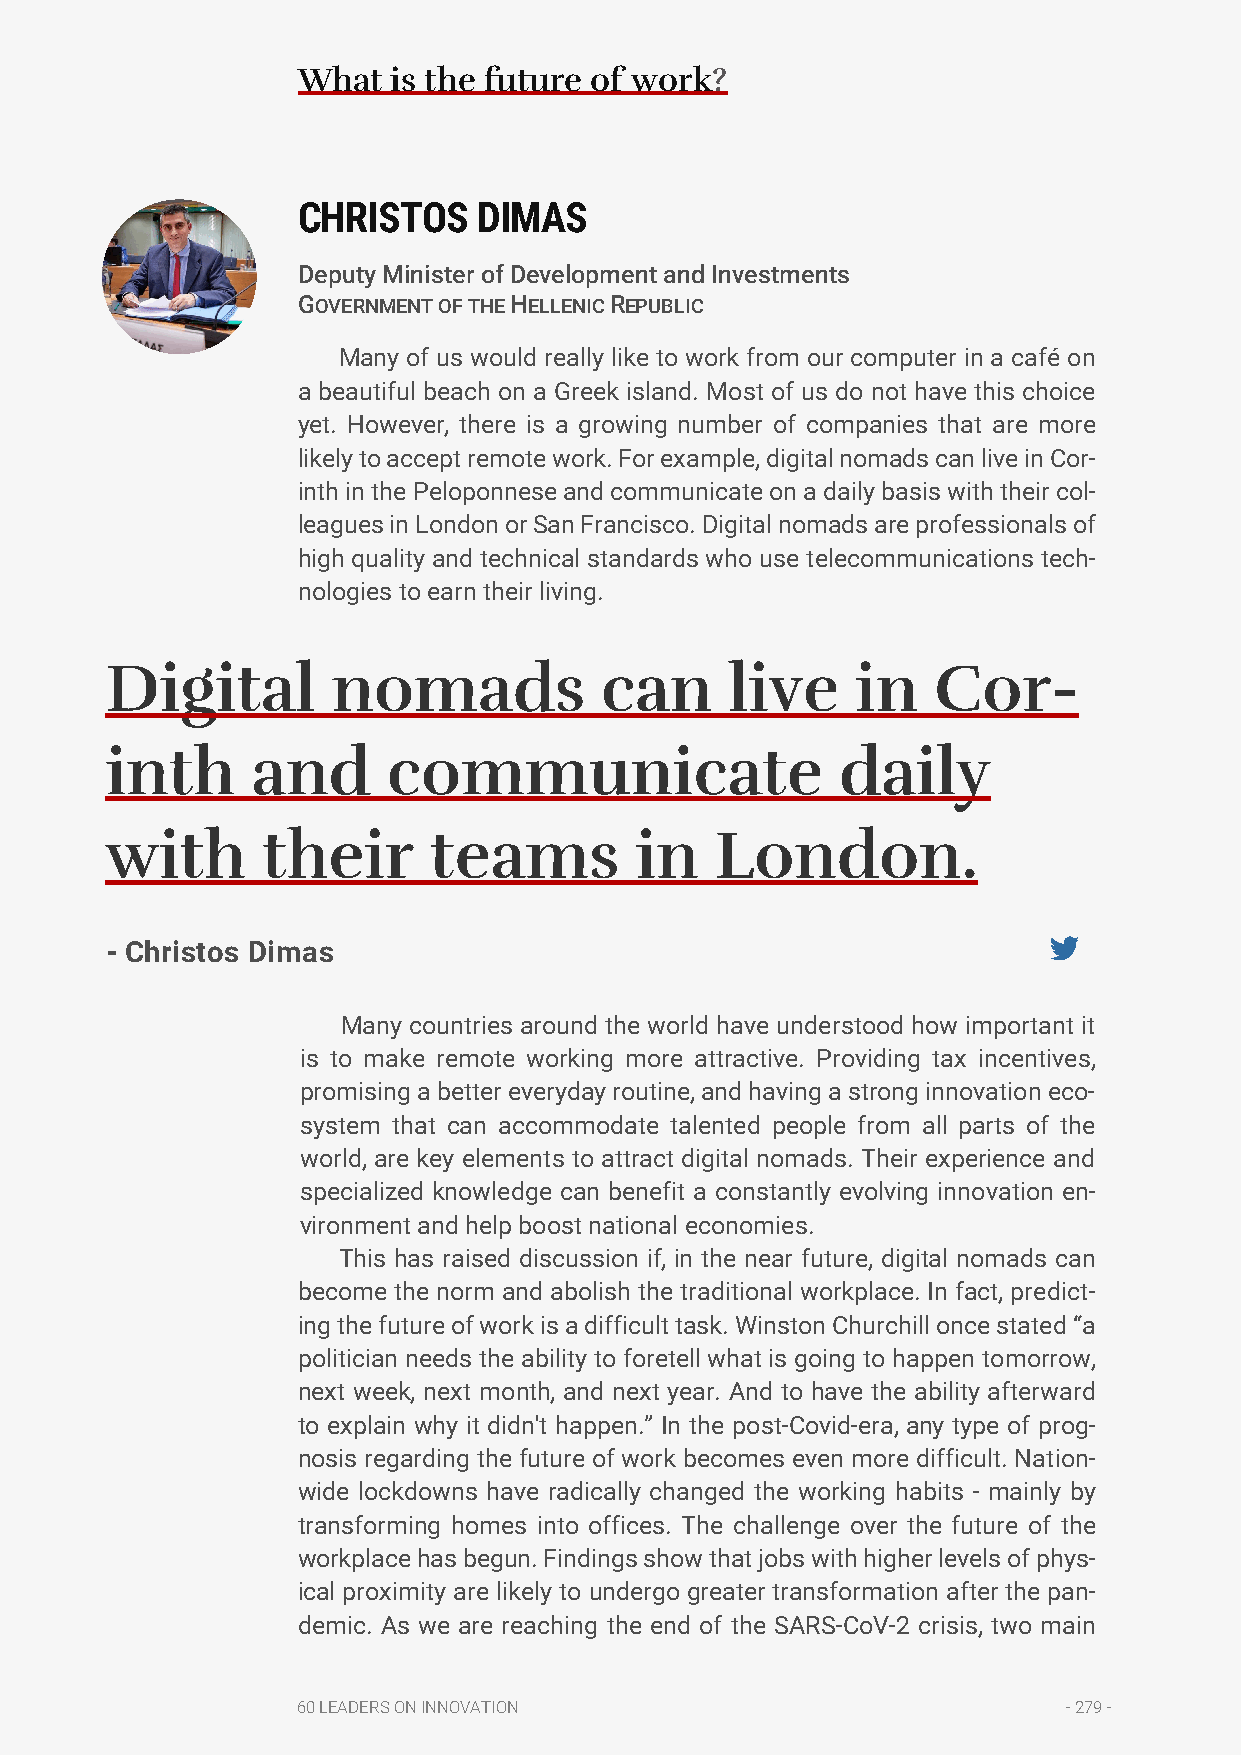
What  is the future of work?
 CHRISTOS    DIMAS
 Deputy Minister of Development and Investments
 GOVERNMENT OF THE HELLENIC REPUBLIC
 Many of us would really like to work from our computer in a café on
 a beautiful beach on a Greek island. Most of us do not have this choice
 yet. However, there is a growing number of companies that are more
 likely to accept remote work. For example, digital nomads can live in Cor-
 inth in the Peloponnese and communicate on a daily basis with their col-
 leagues in London or San Francisco. Digital nomads are professionals of
 high quality and technical standards who use telecommunications tech-
 nologies to earn their living.
 Digital        nomads            can     live     in   Cor-
 inth      and      communicate                   daily
 with      their      teams         in   London.
 - Christos Dimas
 Many countries around the world have understood how important it
 is to make remote working more attractive. Providing tax incentives,
 promising a better everyday routine, and having a strong innovation eco-
 system that can accommodate talented people from all parts of the
 world, are key elements to attract digital nomads. Their experience and
 specialized knowledge can benefit a constantly evolving innovation en-
 vironment and help boost national economies.
 This has raised discussion if, in the near future, digital nomads can
 become the norm and abolish the traditional workplace. In fact, predict-
 ing the future of work is a difficult task. Winston Churchill once stated “a
 politician needs the ability to foretell what is going to happen tomorrow,
 next week, next month, and next year. And to have the ability afterward
 to explain why it didn't happen.” In the post-Covid-era, any type of prog-
 nosis regarding the future of work becomes even more difficult. Nation-
 wide lockdowns have radically changed the working habits - mainly by
 transforming homes into offices. The challenge over the future of the
 workplace has begun. Findings show that jobs with higher levels of phys-
 ical proximity are likely to undergo greater transformation after the pan-
 demic. As we are reaching the end of the SARS-CoV-2 crisis, two main
 60 LEADERS ON INNOVATION                           - 279 -